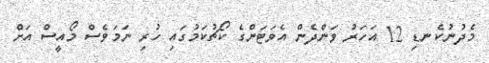
މެދުނުކެނޑި 12 އަހަރު ވަންދެން އެވަޓަންގެ ކޯޗުކަމުގައި ހުރި ނަމަވެސް މޯއީސް އަށް